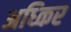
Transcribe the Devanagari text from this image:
अध्किर